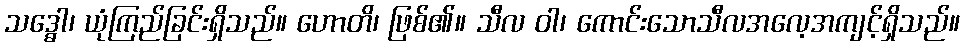
သဒ္ဓေါ၊ ယုံကြည်ခြင်းရှိသည်။ ဟောတိ၊ ဖြစ်၏။ သီလ ဝါ၊ ကောင်းသောသီလအလေ့အကျင့်ရှိသည်။